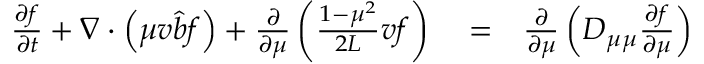
\begin{array} { r l r } { \frac { \partial f } { \partial t } + \nabla \cdot \left( \mu v \hat { b } f \right) + \frac { \partial } { \partial \mu } \left( \frac { 1 - \mu ^ { 2 } } { 2 L } v f \right) } & { { } = } & { \frac { \partial } { \partial \mu } \left( D _ { \mu \mu } \frac { \partial f } { \partial \mu } \right) } \end{array}